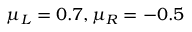
\mu _ { L } = 0 . 7 , \mu _ { R } = - 0 . 5